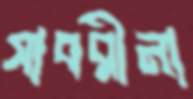
সাবরীনা